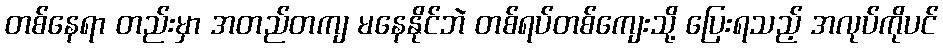
တစ်နေရာ တည်းမှာ အတည်တကျ မနေနိုင်ဘဲ တစ်ရပ်တစ်ကျေးသို့ ပြေးရသည့် အလုပ်ကိုပင်